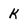
Character: k